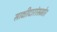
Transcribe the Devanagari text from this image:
साक्षीदारांसमोर